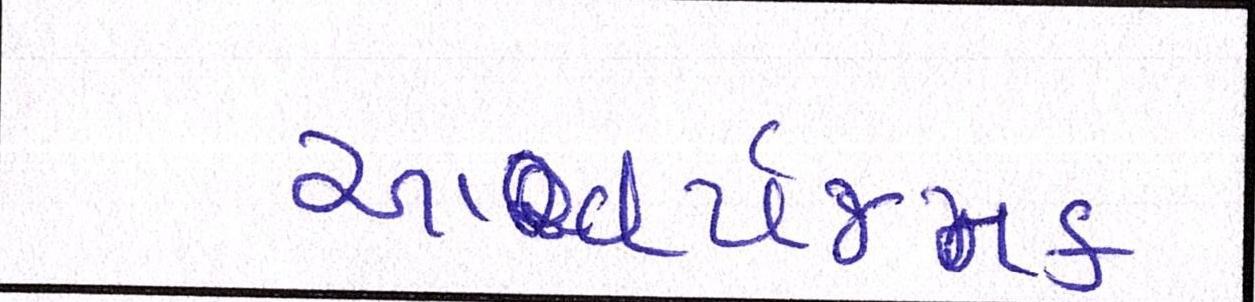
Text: આશ્ચર્યજનક